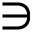
\ni